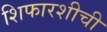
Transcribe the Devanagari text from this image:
शिफारशीची